Annual vaccination report of Bihar and Orissa - 1911-1928
Year: 1911
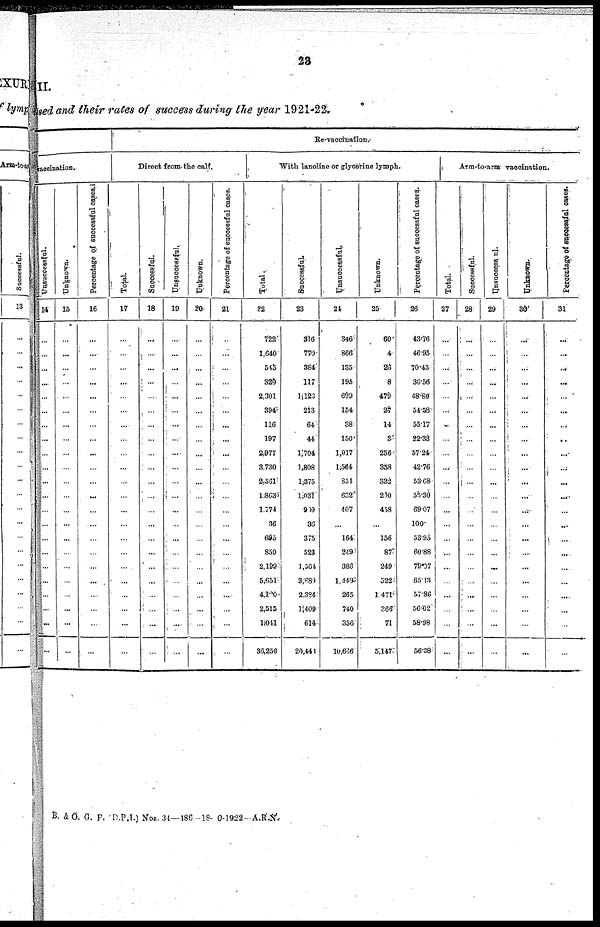
23
II.
used and their rates of success during the year 1921-22.
vaccination.
Unsuccessful.
14
...
...
...
...
...
...
...
...
...
...
...
...
...
...
...
...
...
...
...
...
...
...
Unknawn.
15
...
...
...
...
...
...
...
...
...
...
...
...
...
...
...
...
...
...
...
...
...
...
Percentage of successful cases
16
...
...
...
...
...
...
...
...
...
...
...
...
...
...
...
...
...
...
...
...
...
...
Re-vaccinations.
Direct from the calf.
Total.
17
...
...
...
...
...
...
...
...
...
...
...
...
...
...
...
...
...
...
...
...
...
...
Successful
18
...
...
...
...
...
...
...
...
...
...
...
...
...
...
...
...
...
...
...
...
...
...
Unsuccessful.
19
...
...
...
...
...
...
...
...
...
...
...
...
...
...
...
...
...
...
...
...
...
...
Unknown.
20
...
...
...
...
...
...
...
...
...
...
...
...
...
...
...
...
...
...
...
...
...
...
Percentage of successful cases.
21
...
...
...
...
...
...
...
...
...
...
...
...
...
...
...
...
...
...
...
...
...
...
With lanoline or glycerine lymph.
Total.
22
722
1,640
545
329
2,301
394
116
197
2,977
3,730
2,561
1,863
1,774
36
695
859
2,199
5,651
4,100
2,515
1,041
36,256
Successful.
23
316
770
384
117
1,128
213
64
44
1,704
1,808
1,375
1,031
909
36
375
523
1,564
3,689
2,384
1,409
614
20,440
Unsuccessful.
24
346
866
135
195
699
154
38
150
1,017
1,564
854
632
407
...
164
249
386
1,449
265
740
356
10,666
Unknown.
25
60
4
26
8
479
27
14
3
256
358
332
200
458
...
156
87
249
522
1,471
366
71
5,147
Percentage of successful cases.
26
43.76
46.95
70.45
36.56
48.80
54.58
55.17
22.33
57.24
42.76
53.68
55.30
69.07
100.
53.95
60.88
79.97
65.13
57.86
56.02
58.98
56.38
Arm-to-arm vaccination.
Total.
27
...
...
...
...
...
...
...
...
...
...
...
...
...
...
...
...
...
...
...
...
...
...
Successful.
28
...
...
...
...
...
...
...
...
...
...
...
...
...
...
...
...
...
...
...
...
...
...
Unsuccessful.
29
...
...
...
...
...
...
...
...
...
...
...
...
...
...
...
...
...
...
...
...
...
...
Unknown.
30
...
...
...
...
...
...
...
...
...
...
...
...
...
...
...
...
...
...
...
...
...
...
Percentage of successful cases.
31
...
...
...
...
...
...
...
...
...
...
...
...
...
...
...
...
...
...
...
...
...
...
B & O. G. P. D.P.I.) Nos. 34—186-18- 0-1922-A.R.N.